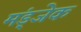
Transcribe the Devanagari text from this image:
मंड्जेक